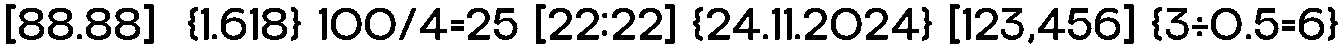
[88.88]  {1.618} 100/4=25 [22:22] {24.11.2024} [123,456] {3÷0.5=6}